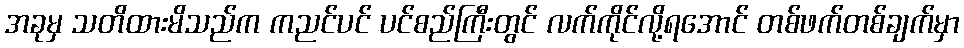
အခုမှ သတိထားမိသည်က ကညင်ပင် ပင်စည်ကြီးတွင် လက်ကိုင်လို့ရအောင် တစ်ဖက်တစ်ချက်မှာ